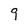
Character: 9